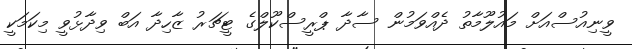
ވީނިއުސްއަށް މައުލޫމާތު ދެއްވަމުން ސާދާ ޕްރީސްކޫލްގެ ޓީޗަރު ޒާހިދާ އަބް ވިދާޅުވީ މިކަމަކީ